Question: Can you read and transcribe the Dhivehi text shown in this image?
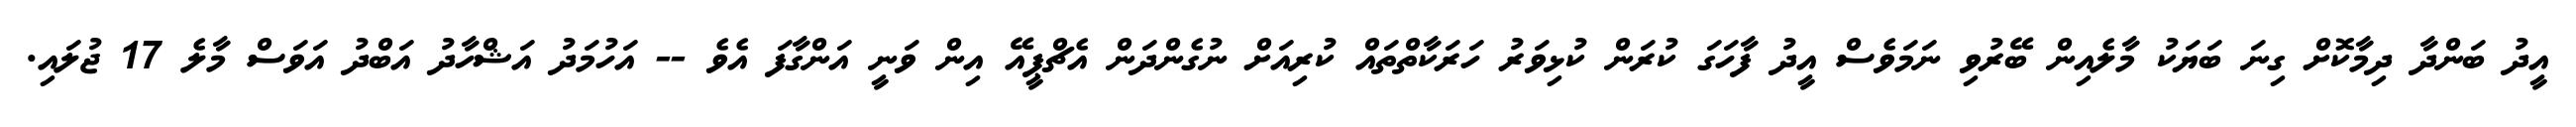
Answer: އީދު ބަންދާ ދިމާކޮށް ގިނަ ބަޔަކު މާލެއިން ބޭރުވި ނަމަވެސް އީދު ފާހަގަ ކުރަން ކުޅިވަރު ހަރަކާތްތައް ކުރިއަށް ނުގެންދަން އެޗްޕީއޭ އިން ވަނީ އަންގާފަ އެވެ -- އަހުމަދު އަޝްހާދު އަބްދު އަވަސް މާލެ 17 ޖުލައި.